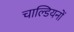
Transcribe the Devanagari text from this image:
चाल्डियनों